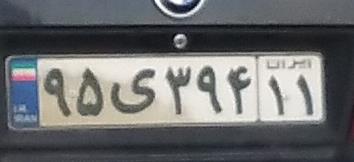
۹۵ی۳۹۴۱۱